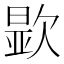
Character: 𬅮